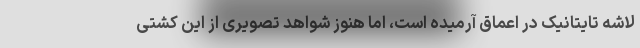
لاشه تایتانیک در اعماق آرمیده است، اما هنوز شواهد تصویری از این کشتی